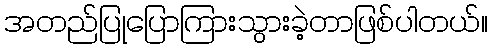
အတည်ပြုပြောကြားသွားခဲ့တာဖြစ်ပါတယ်။